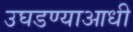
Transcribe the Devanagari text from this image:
उघडण्याआधी